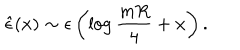
{ \hat { \epsilon } } ( x ) \sim \epsilon \left( \log { \frac { m R } { 4 } } + x \right) .